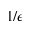
1 / \epsilon